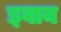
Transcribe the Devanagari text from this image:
इवाय